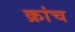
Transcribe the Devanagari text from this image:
क्रांच